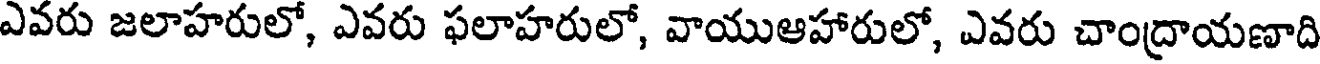
ఎవరు జలాహరులో, ఎవరు ఫలాహరులో, వాయుఆహారులో, ఎవరు చాంద్రాయణాది